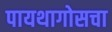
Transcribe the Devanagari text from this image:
पायथागोसचा